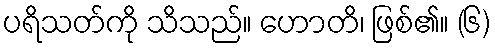
ပရိသတ်ကို သိသည်။ ဟောတိ၊ ဖြစ်၏။ (၆)